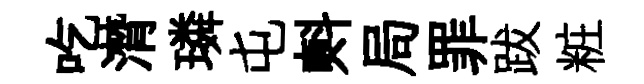
吃潸璘屯㪺局罪跋粧